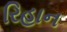
રિહાન